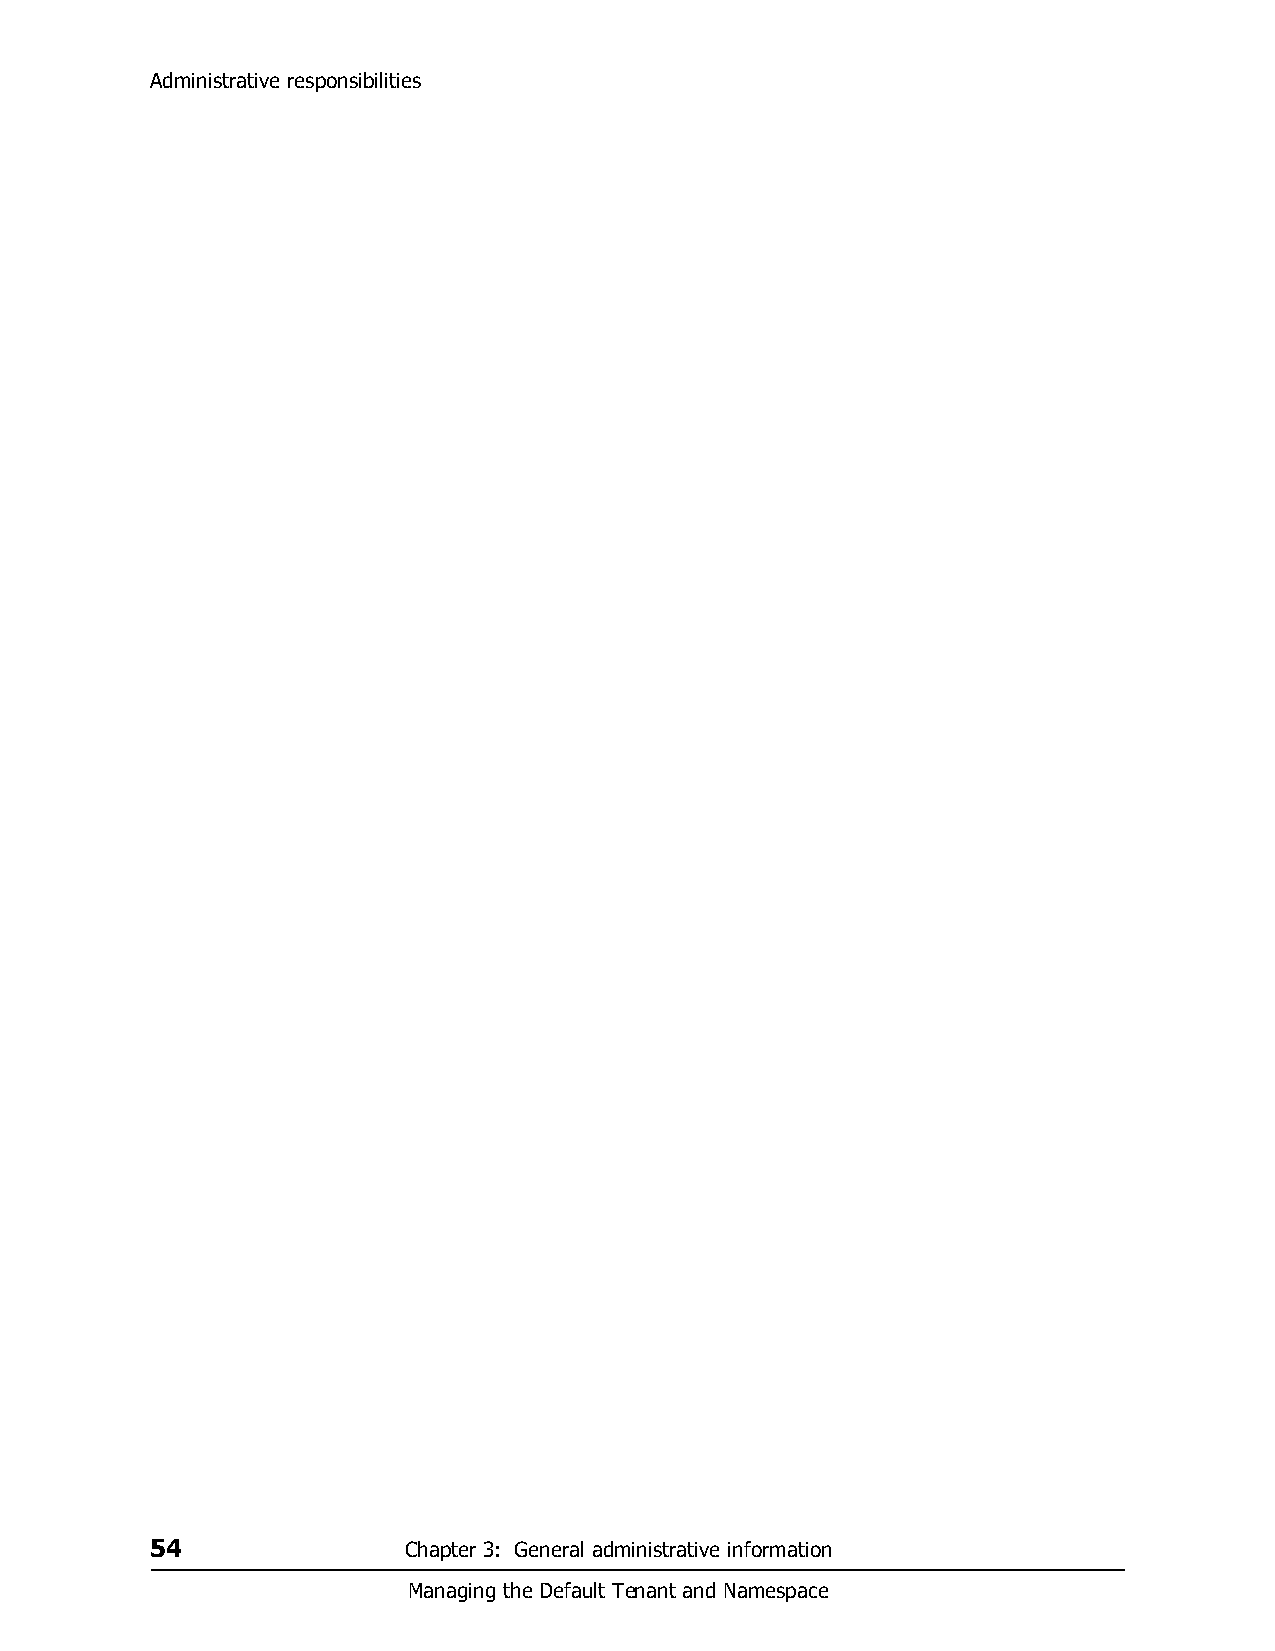
Administrative responsibilities
 54               Chapter 3: General administrative information
 Managing the Default Tenant and Namespace